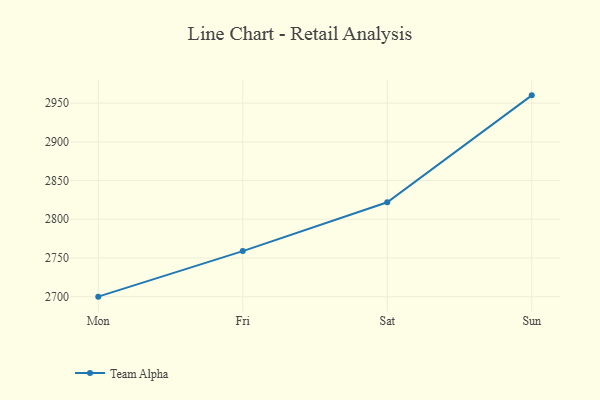
{"axis": {"x": "Day", "y": "Churn Rate (%)"}, "legend": ["Team Alpha"], "data": [{"x": "Mon", "y": 2700.1, "type": "Team Alpha"}, {"x": "Fri", "y": 2758.9, "type": "Team Alpha"}, {"x": "Sat", "y": 2821.9, "type": "Team Alpha"}, {"x": "Sun", "y": 2960.0, "type": "Team Alpha"}]}